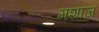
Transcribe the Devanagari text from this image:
मशाज